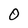
Character: O